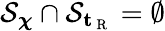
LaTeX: \mathcal{S}_{\boldsymbol{\chi}}\cap\mathcal{S}_{\textbf{t}_{\mathrm{~R~}}}=\emptyset